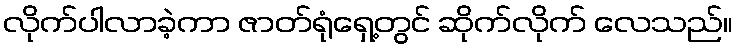
လိုက်ပါလာခဲ့ကာ ဇာတ်ရုံရှေ့တွင် ဆိုက်လိုက် လေသည်။